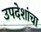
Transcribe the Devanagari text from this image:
उपदेशांचा